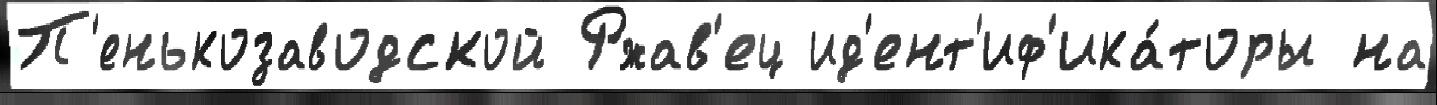
П'енькозаводской Ржав'ец ид'ент'иф'ика́торы на